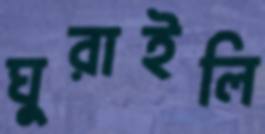
ঘুরাইলি